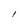
Character: l